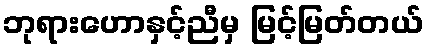
ဘုရားဟောနှင့်ညီမှ မြင့်မြတ်တယ်